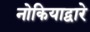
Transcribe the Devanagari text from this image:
नोकियाद्वारे